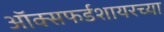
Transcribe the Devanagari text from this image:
ऑक्सफर्डशायरच्या